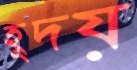
হূদয়